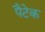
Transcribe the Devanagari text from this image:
पैटेक